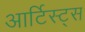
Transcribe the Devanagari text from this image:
आर्टिस्ट्‍स